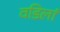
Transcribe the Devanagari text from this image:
वडिलां